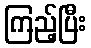
ကြည့်ပြီး